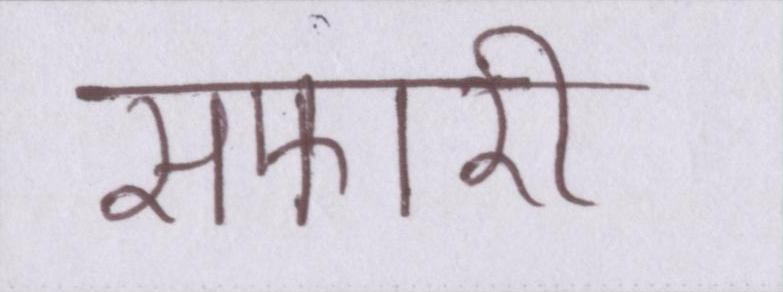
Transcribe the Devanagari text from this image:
सफारी